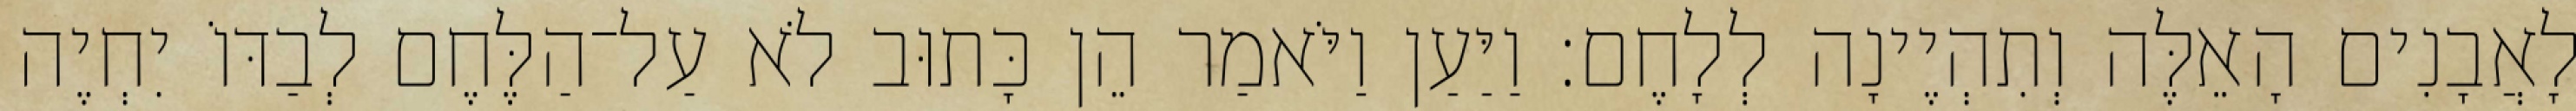
לָאֲבָנִים הָאֵלֶּה וְתִהְיֶינָה לְלָחֶם׃ וַיַּעַן וַיֹּאמַר הֵן כָּתוּב לֹא עַל־הַלֶּחֶם לְבַדּוֹ יִחְיֶה